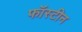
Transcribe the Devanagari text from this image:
फॉस्टीन